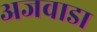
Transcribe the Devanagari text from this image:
अजवाडा